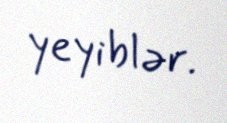
yeyiblər.